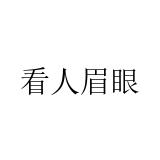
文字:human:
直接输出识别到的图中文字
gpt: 看人眉眼